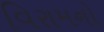
વિરામનો